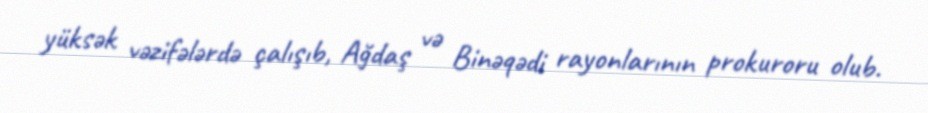
yüksək vəzifələrdə çalışıb, Ağdaş və Binəqədi rayonlarının prokuroru olub.